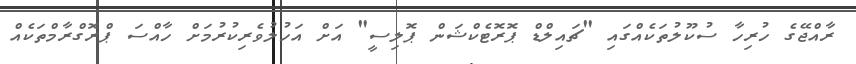
ރާއްޖޭގެ ހުރިހާ ސުކޫލުތަކެއްގައި "ޗައިލްޑް ޕޮރޮޓެކްޝަން ޕޮލިސީ" އަށް އަހުލުވެރިކުރުމަށް ހާއްސަ ޕްރޮގްރާމްތަކެއް